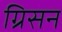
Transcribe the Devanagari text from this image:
ग्रिसन